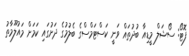
ފޮޓޯ: ސޯޝަލް މީޑިއާ ބުދުތައް ވަނީ ކަސްޓަމްސްގެ ބެލުމުގެ ދަށުގައި ކަމަށް މައުލޫމާތު